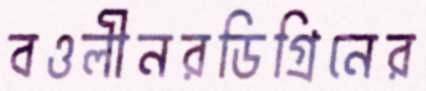
বওলীনরডিগ্রিনের